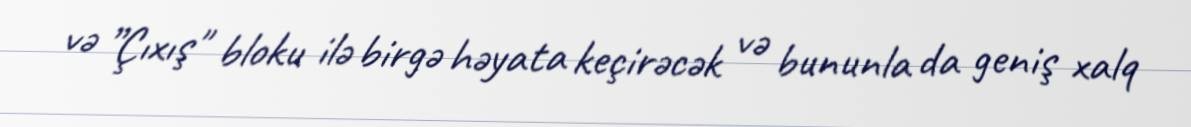
və ”Çıxış" bloku ilə birgə həyata keçirəcək və bununla da geniş xalq